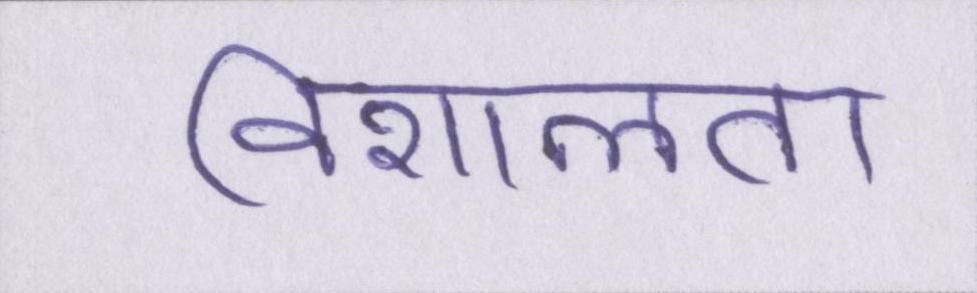
विशालता